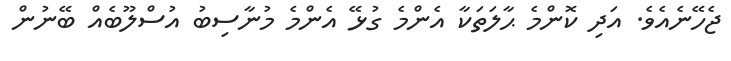
ޖެހޭނެއެވެ. އަދި ކޮންމެ ޙާލަތަކާ އެންމެ ގުޅޭ އެންމެ މުނާސިބު އުސްލޫބެއް ބޭނުން